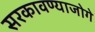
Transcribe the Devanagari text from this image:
सरकावण्याजोगे